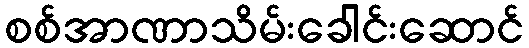
စစ်အာဏာသိမ်းခေါင်းဆောင်